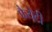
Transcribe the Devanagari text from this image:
फैयेटी